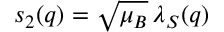
s _ { 2 } ( q ) = \sqrt { \mu _ { B } } \, \lambda _ { S } ( q )